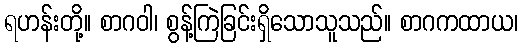
ရဟန်းတို့။ စာဂဝါ၊ စွန့်ကြဲခြင်းရှိသောသူသည်။ စာဂကထာယ၊